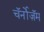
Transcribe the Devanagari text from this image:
चॅर्नोज़ॅम